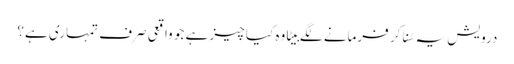
درویش یہ سُنا کر فرمانے لگے بِیٹا وہ کیا چیز ہے جو واقعی صرف تمہاری ہے؟